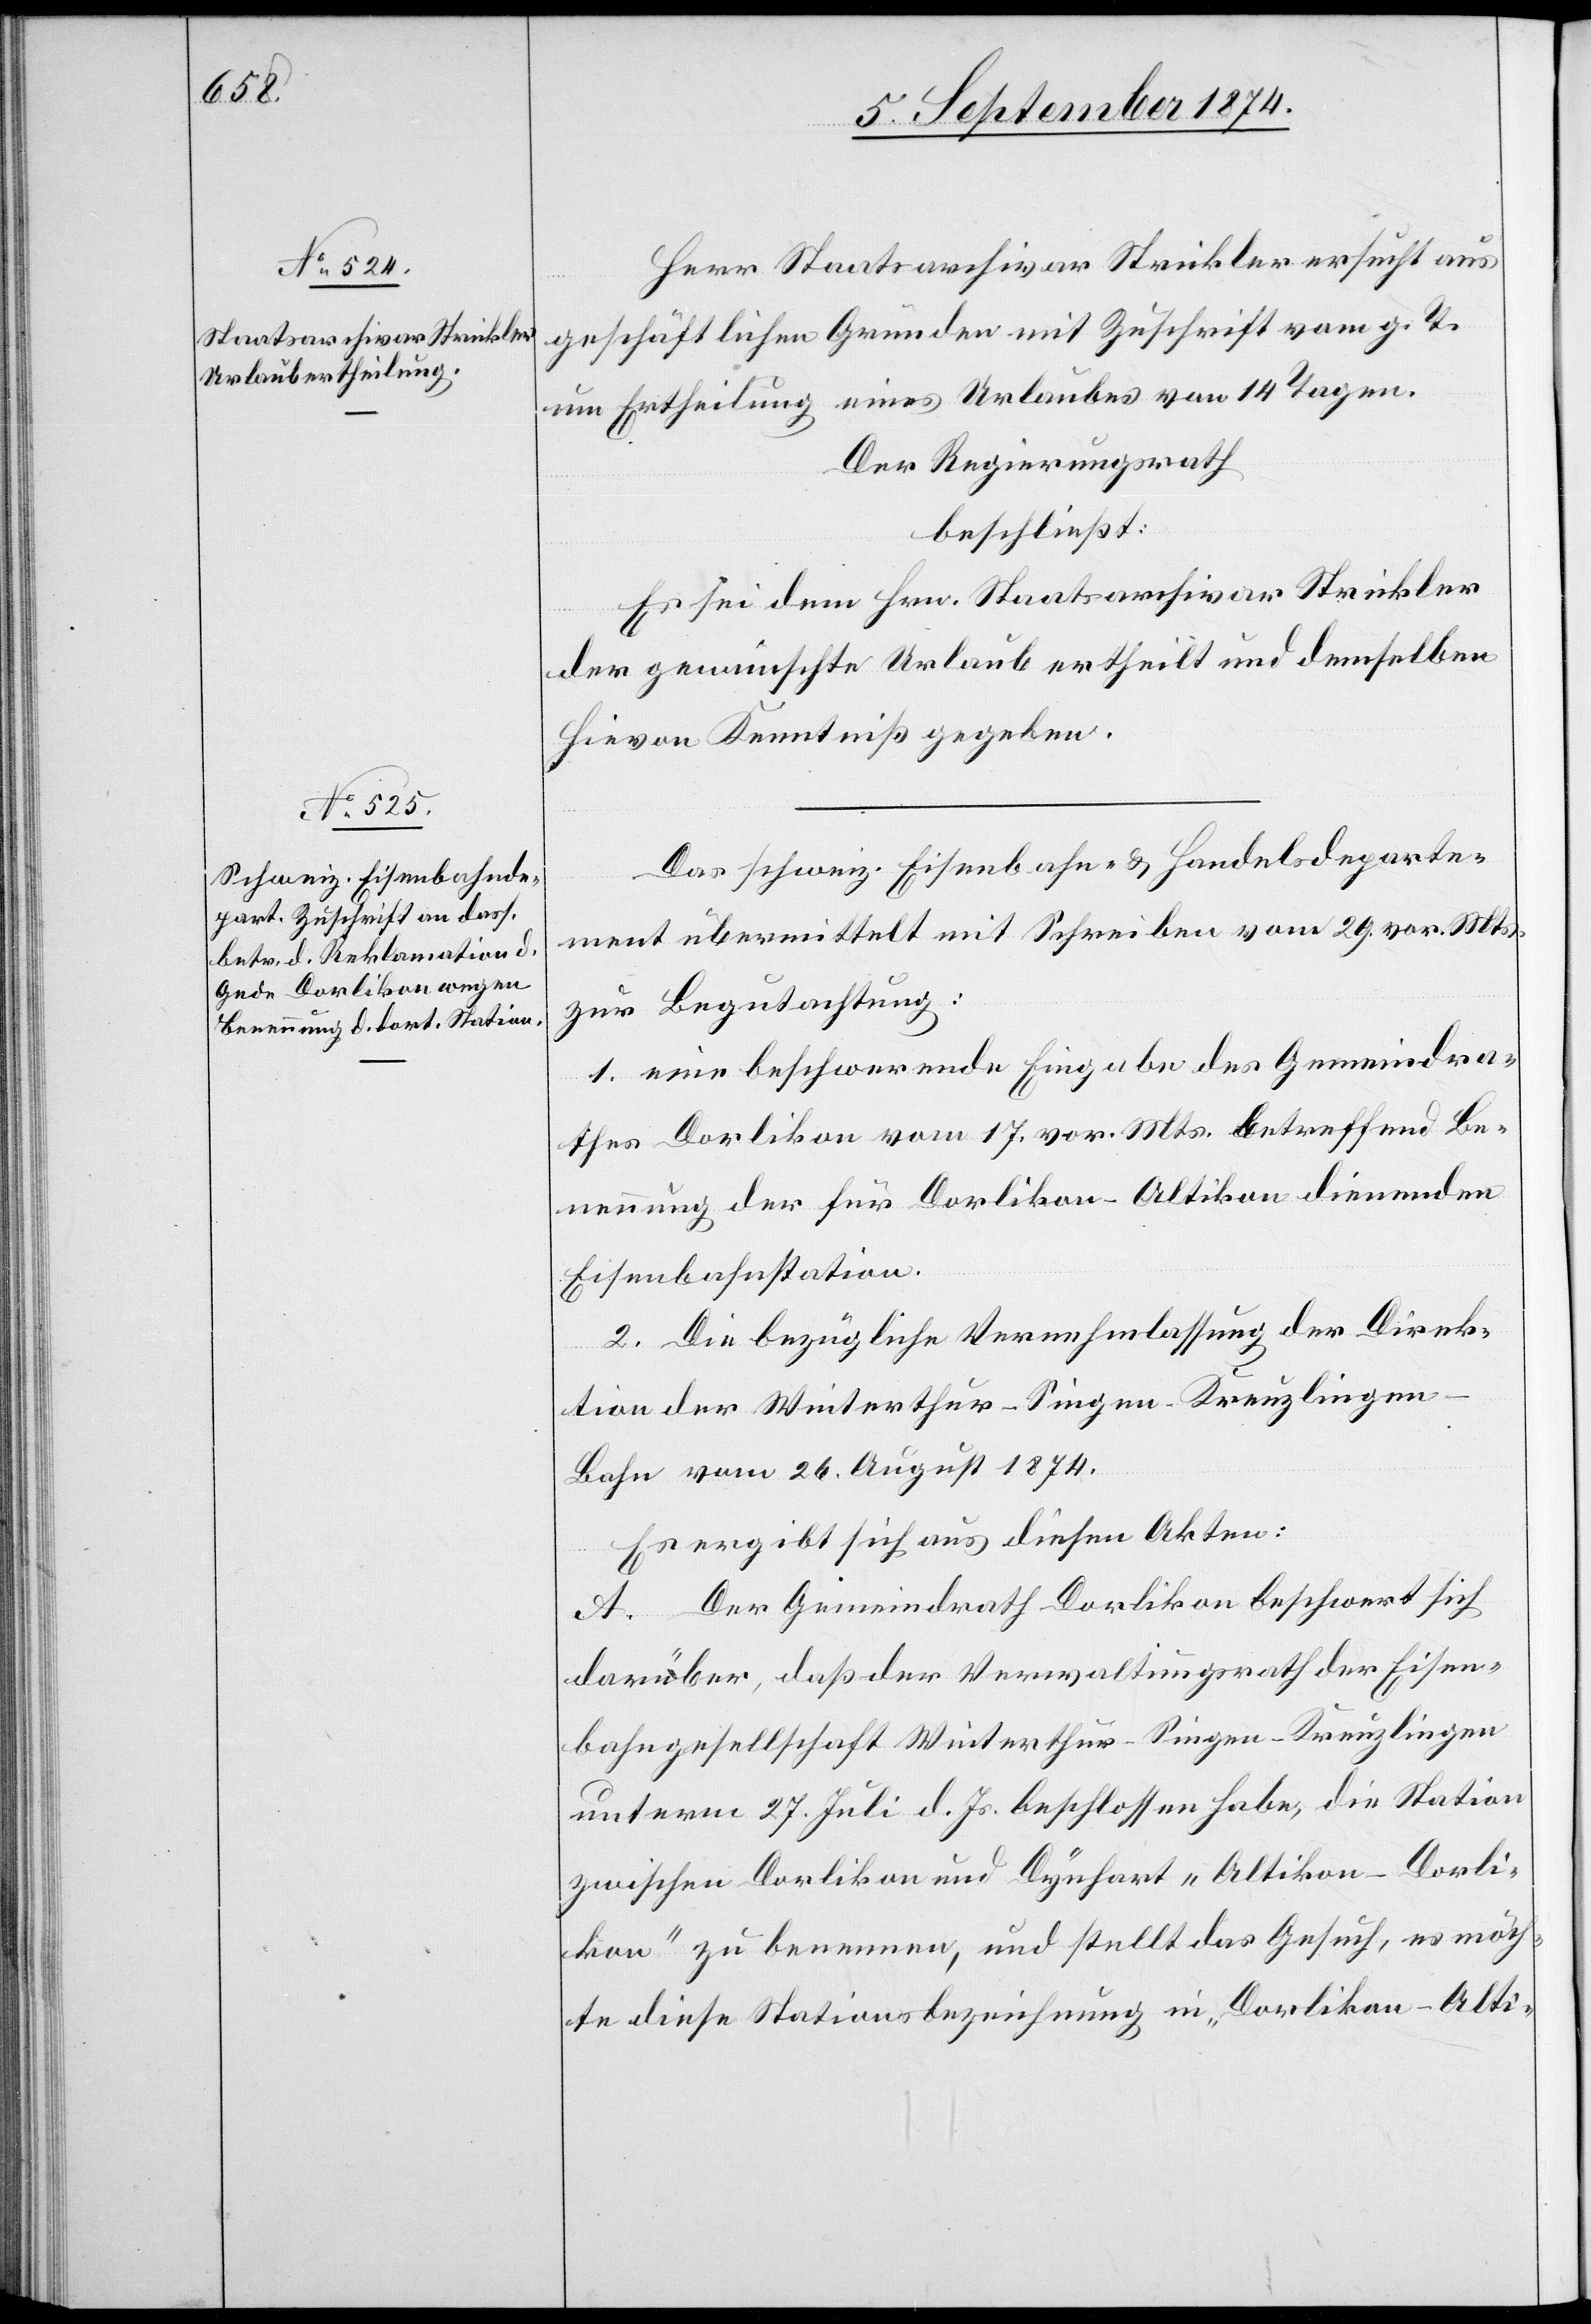
Herr Staatsarchivar Strickler ersucht aus
geschäftlichen Gründen mit Zuschrift vom g. T.
um Ertheilung eines Urlaubes von 14 Tagen.
Der Regierungsrath
beschließt:
Es sei dem Hrn. Staatsarchivar Strickler
der gewünschte Urlaub ertheilt und demselben
hievon Kenntniß gegeben.
Das schweiz. Eisenbahn- u. Handelsdeparte¬
ment übermittelt mit Schreiben vom 29. vor. Mts.
1. eine beschwerende Eingabe des Gemeindra¬
thes Dorlikon vom 17. vor. Mts. betreffend Be¬
nennung der für Dorlikon-Altikon dienenden
Eisenbahnstation.
2. Die bezügliche Vernehmlassung der Direk¬
tion der Winterthur–Singen–Kreuzlinge¬
n-Bahn vom 26. August 1874.
Es ergibt sich aus diesen Akten:
A. Der Gemeindrath Dorlikon beschwert sich
darüber, daß der Verwaltungsrath der Eisen¬
bahngesellschaft Winterthur–Singen–Kreuzlingen
unterm 27. Juli d. Js. beschlossen habe, die Station
zwischen Dorlikon und Dynhard „Altikon-Dorli¬
kon“ zu benennen, und stellt das Gesuch, es möch¬
te diese Stationsbezeichnung in „Dorlikon-Alti-